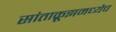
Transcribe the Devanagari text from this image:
सांताक्रूझमध्येच